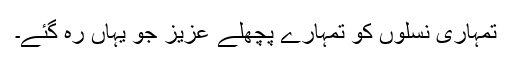
تمہاری نسلوں کو تمہارے پچھلے عزیز جو یہاں رہ گئے۔